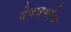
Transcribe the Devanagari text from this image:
देववर्णाक